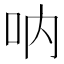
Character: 呐